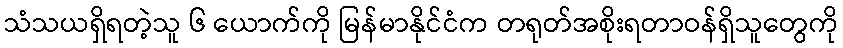
သံသယရှိရတဲ့သူ ၆ ယောက်ကို မြန်မာနိုင်ငံက တရုတ်အစိုးရတာဝန်ရှိသူတွေကို